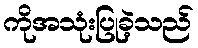
ကိုအသုံးပြုခဲ့သည်